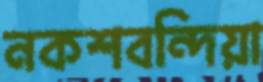
নকশবন্দিয়া